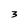
Character: 3